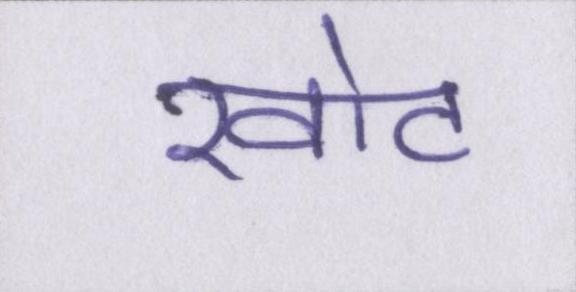
खोट